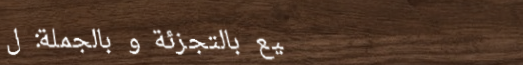
بيع بالتجزئة و بالجملة: ل